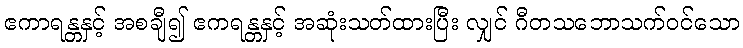
ဧကာရန္တနှင့် အစချီ၍ ဧကရန္တနှင့် အဆုံးသတ်ထားပြီး လျှင် ဂီတသဘောသက်ဝင်သော